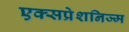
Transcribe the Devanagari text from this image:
एक्सप्रेशनिज्म